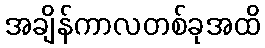
အချိန်ကာလတစ်ခုအထိ